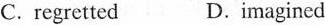
C. regretted D. Imagined